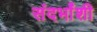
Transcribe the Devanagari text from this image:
संदर्भांंशी